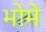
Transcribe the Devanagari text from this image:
भोमे